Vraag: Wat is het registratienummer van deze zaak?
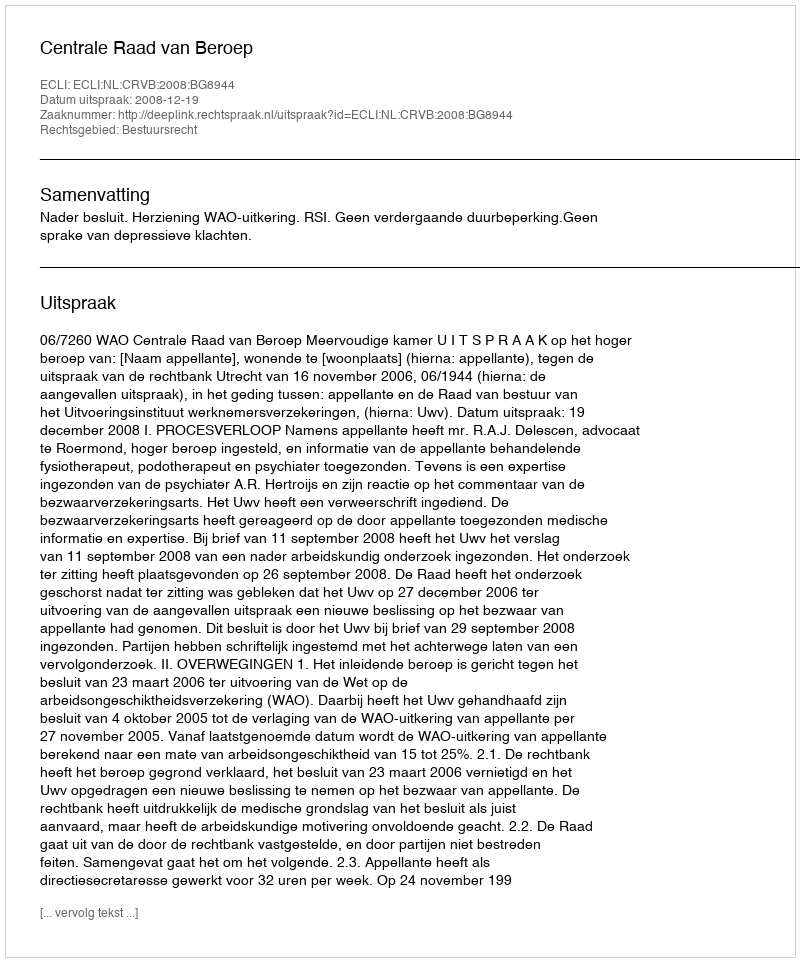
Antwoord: http://deeplink.rechtspraak.nl/uitspraak?id=ECLI:NL:CRVB:2008:BG8944